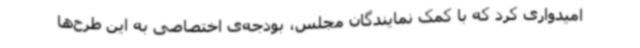
امیدواری کرد که با کمک نمایندگان مجلس، بودجه‌ی اختصاصی به این طرح‌ها